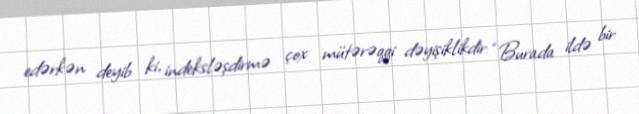
edərkən deyib ki, indeksləşdirmə çox mütərəqqi dəyişiklikdir: “Burada ildə bir